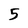
Character: 5